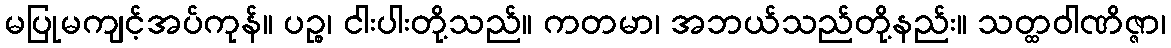
မပြုမကျင့်အပ်ကုန်။ ပဉ္စ၊ ငါးပါးတို့သည်။ ကတမာ၊ အဘယ်သည်တို့နည်း။ သတ္ထဝါဏိဇ္ဇာ၊